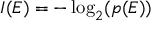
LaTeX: I ( E ) = - \log _ { 2 } ( p ( E ) )